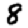
Digit: 8